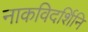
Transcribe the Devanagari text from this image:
नाकविदर्शिनि